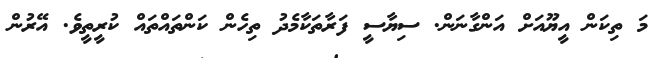
މަ ތިކަން އީޔޫއަށް އަންގާނަން. ސިޔާސީ ފަރާތަކާމެދު ތިހެން ކަންތައްތައް ކުރީތީވެ. އޭރުން